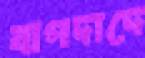
বাগদাদে